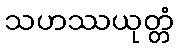
သဟဿယုတ္တံ